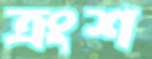
ত্রংশ